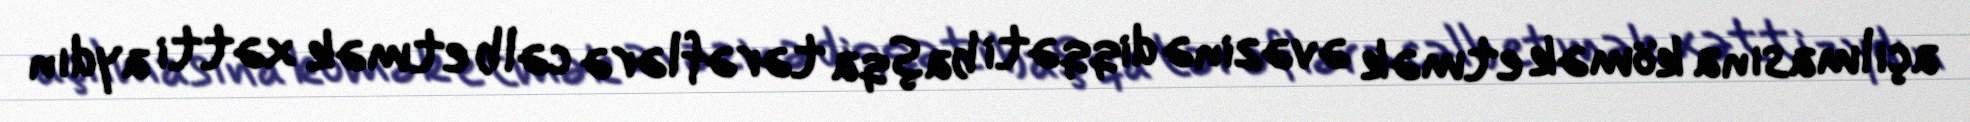
açılmasına kömək etmək əvəzinə diqqəti başqa tərəflərə cəlb etmək xətti aydın